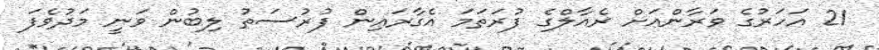
21 އަހަރުގެ ވަރާންއަށް ރެއާލްގެ ފުރަތަމަ އެގާރައިން ފުރުސަތު ލިބުން ވަނީ މަދުވެފަ